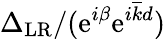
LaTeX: \Delta_{\mathrm{LR}}/(\mathrm{e}^{i\beta}\mathrm{e}^{i\overline{{k}}d})